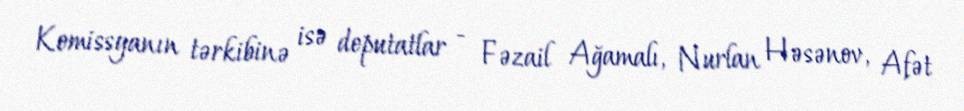
Komissyanın tərkibinə isə deputatlar - Fəzail Ağamalı, Nurlan Həsənov, Afət